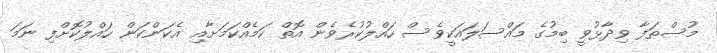
މުސްތަފާ ވިދާޅުވީ ބިމުގެ މައްސަލައަކީވެސް ހައްލުކުރެވެން އޮތް ކަމެއްކަމަށާއި އެކަންކަން ހައްލުކޮށްފި ނަމަ